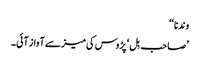
وندنا ‘‘
’صاحب بِل‘ پڑوس کی میز سے آواز آئی۔